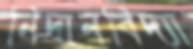
নিদানবিদ্যা